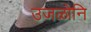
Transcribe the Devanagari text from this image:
उजळोनि